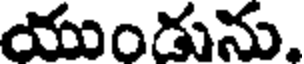
యుండును.